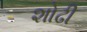
શોઢી